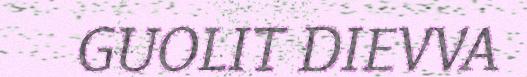
GUOLIT DIEVVA